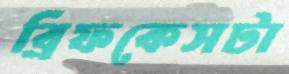
ব্রিফকেসটা